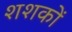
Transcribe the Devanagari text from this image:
शशकों